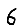
Digit: 6